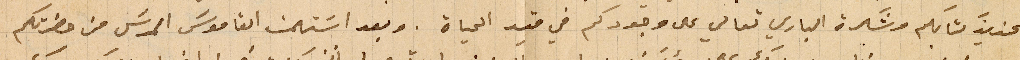
عزيزَ كتابكم وشكرة الباري تعالي على وجودكم في قيد الحياة. وبعد استلمت القاموسَ المرسَل من حضرتكم